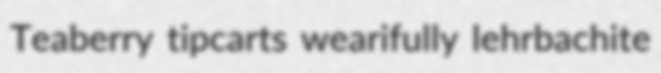
Teaberry tipcarts wearifully lehrbachite